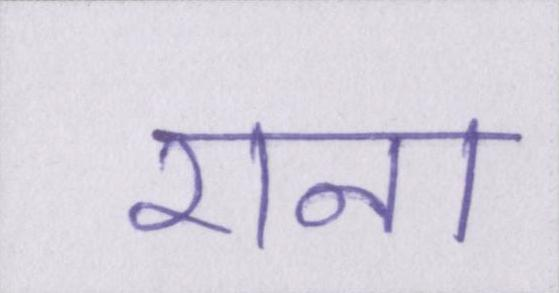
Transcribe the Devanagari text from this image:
राना